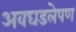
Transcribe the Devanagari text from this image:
अवघडलेपण